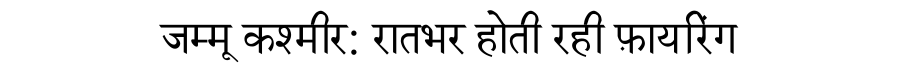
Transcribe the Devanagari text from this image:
जम्मू कश्मीर: रातभर होती रही फ़ायरिंग